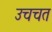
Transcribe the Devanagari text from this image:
उचचत